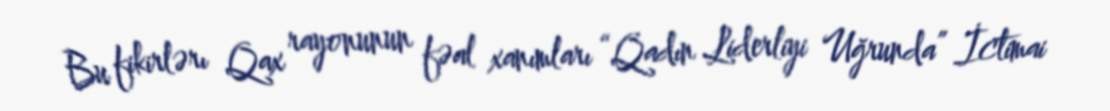
Bu fikirlərı Qax rayonunun fəal xanımları “Qadın Liderliyi Uğrunda” İctimai